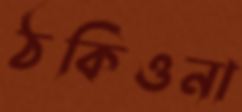
ঠকিওনা